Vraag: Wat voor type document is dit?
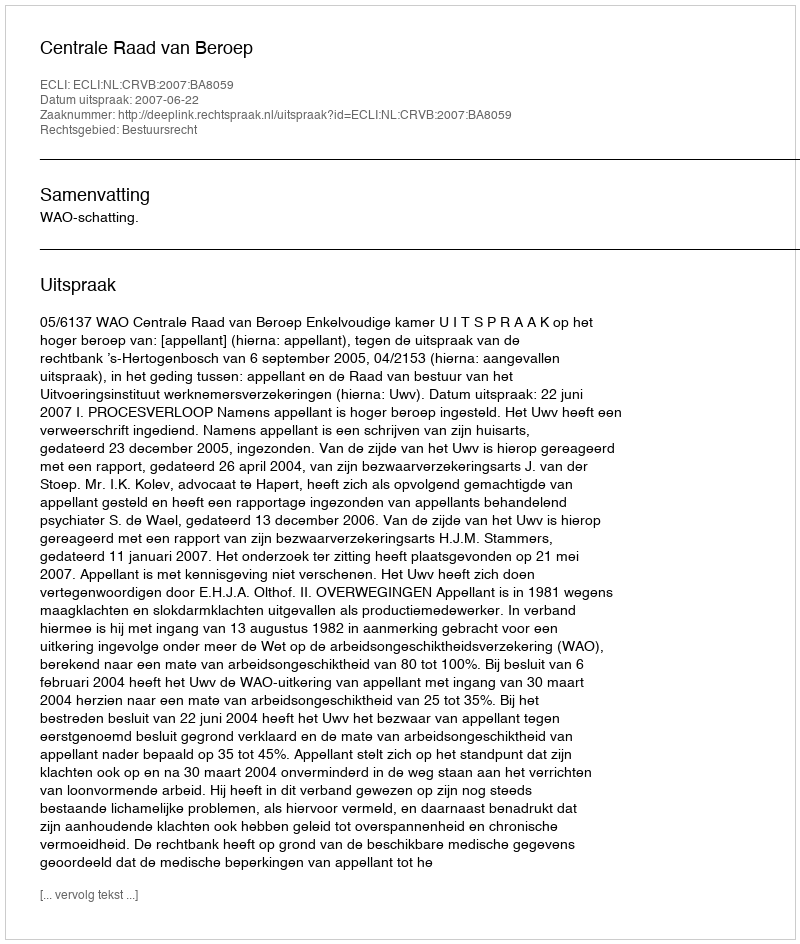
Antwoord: Uitspraak